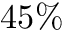
4 5 \%